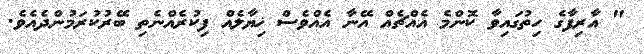
" އާރިފާގެ ހިތުގައިވާ ކޮންމެ އެއްޗެއް އޭނާ އެއްވެސް ޚިޔާލެއް ފިކުރެއްނެތި ބޭރުކުރަމުންދެއެވެ.